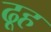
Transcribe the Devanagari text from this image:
ढूह